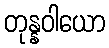
တုန္နဝါယော